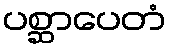
ပစ္ဆာပေတံ